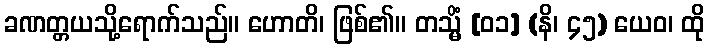
ခဏတ္တယသို့ရောက်သည်။ ဟောတိ၊ ဖြစ်၏။ တသ္မိံ [၀၁] (နိ၊ ၄၅) ယေဝ၊ ထို